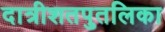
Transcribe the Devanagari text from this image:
दात्रीशतपुतलिका